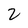
Character: 2